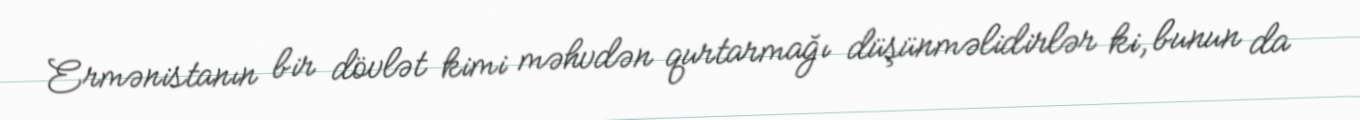
Ermənistanın bir dövlət kimi məhvdən qurtarmağı düşünməlidirlər ki, bunun da